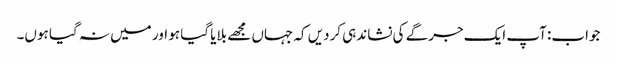
جواب: آپ ایک جرگے کی نشاندہی کردیں کہ جہاں مجھے بلایا گیا ہو اور میں نہ گیا ہوں۔